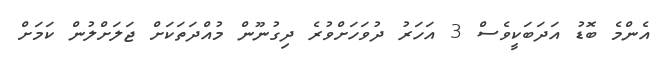
އެންމެ ބޮޑު އަދަބަކީވެސް 3 އަހަރު ދުވަހަށްވުރެ ދިގުނޫން މުއްދަތަކަށް ޖަލަށްލުން ކަމަށް